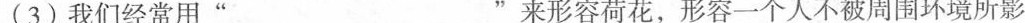
(3)我们经常用”_________”来形容荷花，形容一个人不被周围环境所影